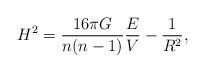
LaTeX: \begin{align*}H^2 = \frac{16\pi G}{n(n-1)} \frac{E}{V} -\frac{1}{R^2},\end{align*}